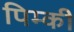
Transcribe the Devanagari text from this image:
पिम्की